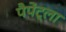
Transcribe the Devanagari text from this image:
पैपेंट्ला